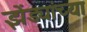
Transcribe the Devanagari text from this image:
झेंड्यांच्या